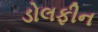
ડોલફીન